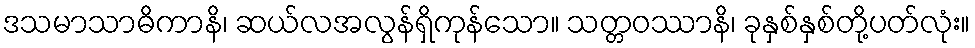
ဒသမာသာဓိကာနိ၊ ဆယ်လအလွန်ရှိကုန်သော။ သတ္တဝဿာနိ၊ ခုနှစ်နှစ်တို့ပတ်လုံး။